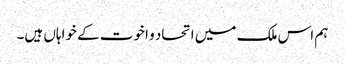
ہم اس ملک میں اتحاد و اخوت کے خواہاں ہیں۔